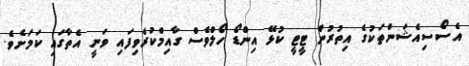
އެސޯސިއެޝަންތަކުގެ އިތުރުން ޓީޓީ ކުޅޭ އިންޑޯ ހޯލްވެސް ގާއިމްކުރެވިފައި ވަނީ އެތާގައި ކަމަށެވެ.